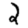
Digit: 2